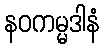
နဝကမ္မဒါနံ